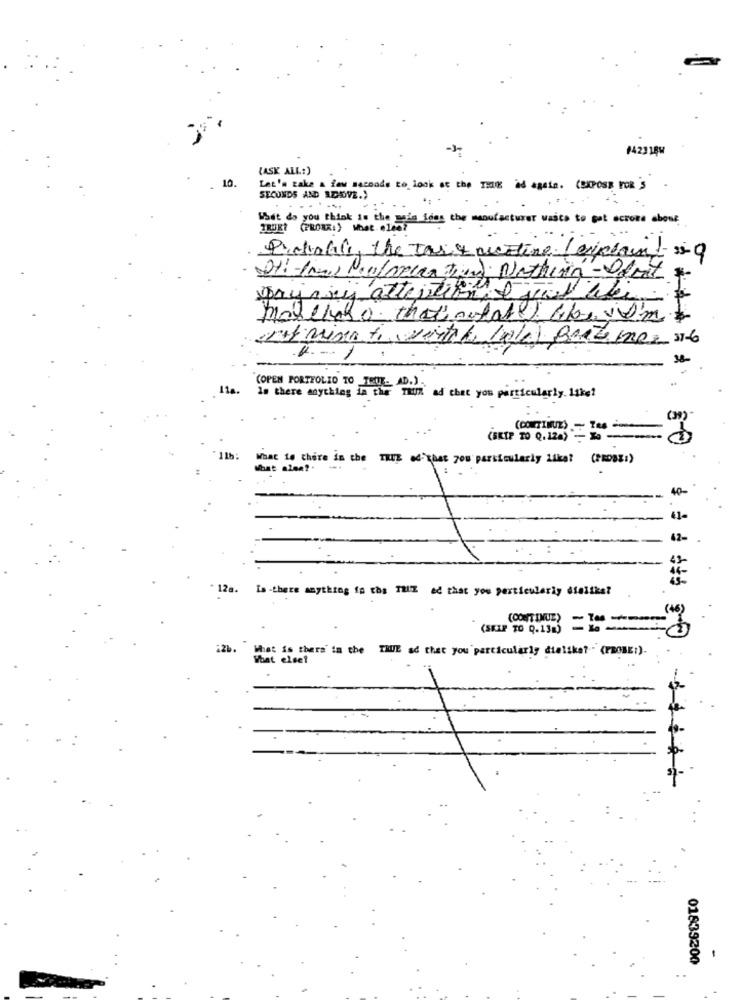
#42318W
(ASK ALL:)
10.
Let's take a few seconds to look at the THICK as again. COMPOSE POR'S
SECONDS AND RDOVE."
.......
What do you think in the mis jons the manufacturer waste to get across about
TRUE? (PRORRI) What elen?
Picknic, the Tas y nuerting ( explains-9
Days wij attentibut wat ww
molhoso that what theyi'm
***
4 -1
(OPEN PORTFOLIO TO _TRUE- AD.).
Is there anything in the Thin' ad that you particularly. 11ke?
(CONTINUE) - Tes
11b:
What is there in the TRUE ad that you particularly Like? (PROBE!)
What alen ?. ...
40-
€1-
42-
12a.
Is -there anything is the THE ed that you particularly dialike?
(SKIP TO Q.138) - Le
:26.
What is thers in the TRUE ad that you particularly dielike? " (PROBE:)-
What else?
01839200
. .